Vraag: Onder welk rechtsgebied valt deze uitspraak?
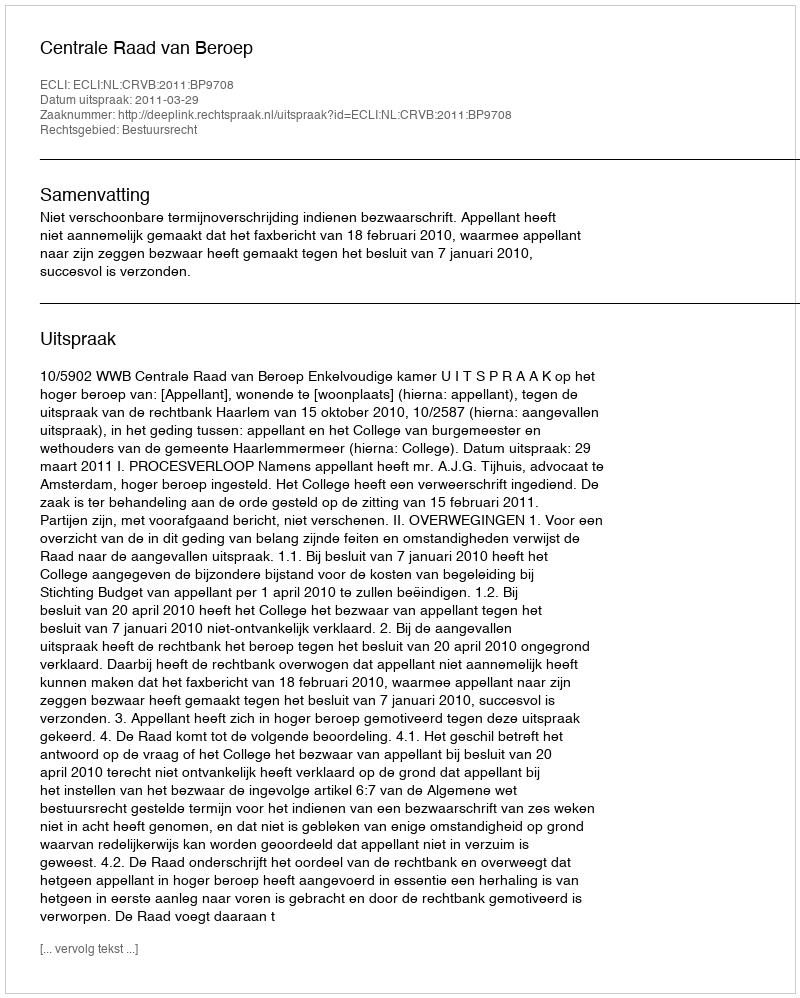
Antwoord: Bestuursrecht